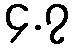
၄.၇